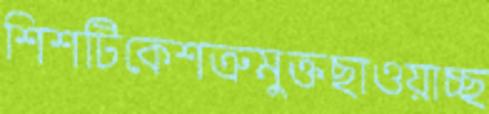
শিশটিকেশত্রুমুক্তছাওয়াচ্ছ